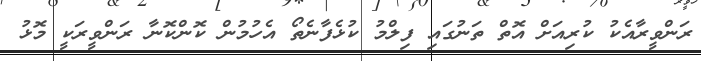
ރަންވީރާއެކު ކުރިއަށް އޮތް ތަނުގައި ފިލްމު ކުޅެފާނެތޯ އެހުމުން ކޮންކޮނާ ރަންވީރަކީ މޮޅު